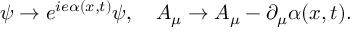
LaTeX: \psi \rightarrow e ^ { i e \alpha ( x , t ) } \psi , \quad A _ { \mu } \rightarrow A _ { \mu } - \partial _ { \mu } \alpha ( x , t ) .